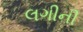
લગીની